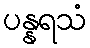
ပန္နရသံ